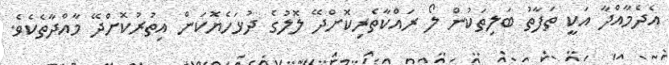
އެދެމާއްދާ އަކީ ތަފާތު ބަލިތަކުން ލޯ ރައްކާތެރިކޮށްދޭ ލޮލުގެ ދުޅަހެޔޮކަން އިތުރުކޮށްދޭ މާއްދާތެކެވެ.